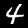
Label: 4